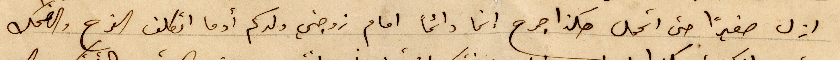
ازل صغيرًا حتى اتحمل هكذا جرح انما دائمًا اما زوجتي ولدكم أدما اتكلف الفرح والضحك